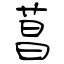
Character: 菖